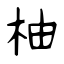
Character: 柚